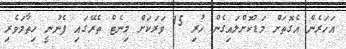
އަހަރެން އެގޮތަށް މަޑުކޮށްލައިގެން ހުރި 15 ވަރަކަށް މިނެޓް ތެރޭގައި ފެނުނީ ހިތާމަވެރި